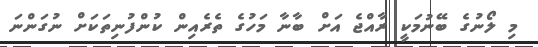
މި ލޯނުގެ ބޭނުމަކީ ރާއްޖެ އަށް ބާނާ މަހުގެ ތެރެއިން ކުންފުނިތަކަށް ނުގަންނަ